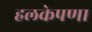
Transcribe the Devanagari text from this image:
हलकेपणा